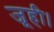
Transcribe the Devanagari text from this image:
जूही।